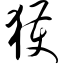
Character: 获